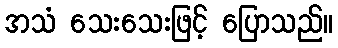
အသံ သေးသေးဖြင့် ပြောသည်။